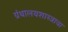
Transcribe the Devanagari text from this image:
ग्रंथालयशास्त्राचा